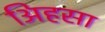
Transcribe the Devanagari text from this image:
अिहसा